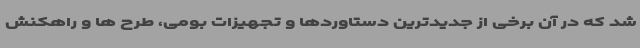
شد که در آن برخی از جدیدترین دستاوردها و تجهیزات بومی، طرح ها و راهکنش